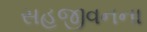
સહજીવનના